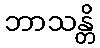
ဘာသန္တိ